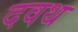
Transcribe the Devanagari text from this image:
दवथ